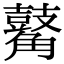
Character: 𪔝